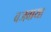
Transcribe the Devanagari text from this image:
बजवाया